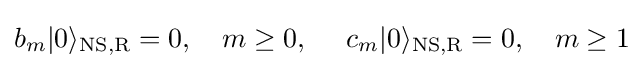
b_{m}|0\rangle _{\text{NS,R}}=0,\ \ \ m\geq 0,\ \ \ \ c_{m}|0\rangle _{\text{NS,R}}=0,\ \ \ m\geq 1